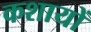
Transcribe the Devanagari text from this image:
कशायों